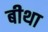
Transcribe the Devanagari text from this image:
बीथा